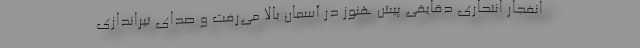
انفجار انتحاریِ دقایقی پیش هنوز در آسمان بالا می‌رفت و صدای تیراندازی